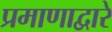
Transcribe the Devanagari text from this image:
प्रमाणाद्वारे